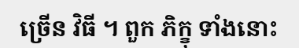
ច្រើន វិធី ។ ពួក ភិក្ខុ ទាំងនោះ